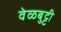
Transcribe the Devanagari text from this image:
वेळबुट्टी